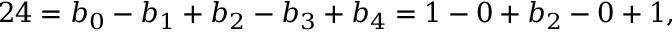
2 4 = b _ { 0 } - b _ { 1 } + b _ { 2 } - b _ { 3 } + b _ { 4 } = 1 - 0 + b _ { 2 } - 0 + 1 ,